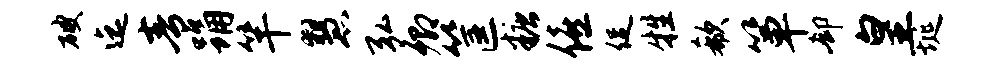
破迄青踊竿慧弘卿筐糖僖促牲欷箪却皇埏